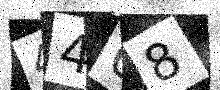
Text: 4468